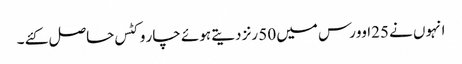
انہوں نے 25اوورس میں 50 رنز دیتے ہوئے چار وکٹس حاصل کئے ۔